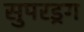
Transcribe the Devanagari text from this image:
सुपरड्रग